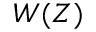
W ( Z )